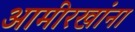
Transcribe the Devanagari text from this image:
आमीरखांना